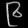
Digit: ၉